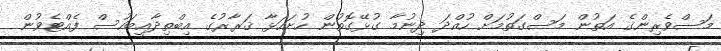
މަސްވެރިންގެ އަތުން މަސްގަތުމަށް ހުއްދަ ދިނުމާ ގުޅޭގޮތުން ހުށަހަޅާ ޤަރާރުގެ އިބްތިދާއީބަހުސް ފެއްޓެވުން